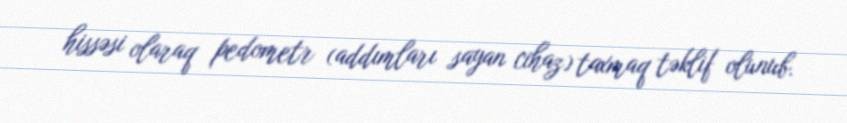
hissəsi olaraq pedometr (addımları sayan cihaz) taxmaq təklif olunub.